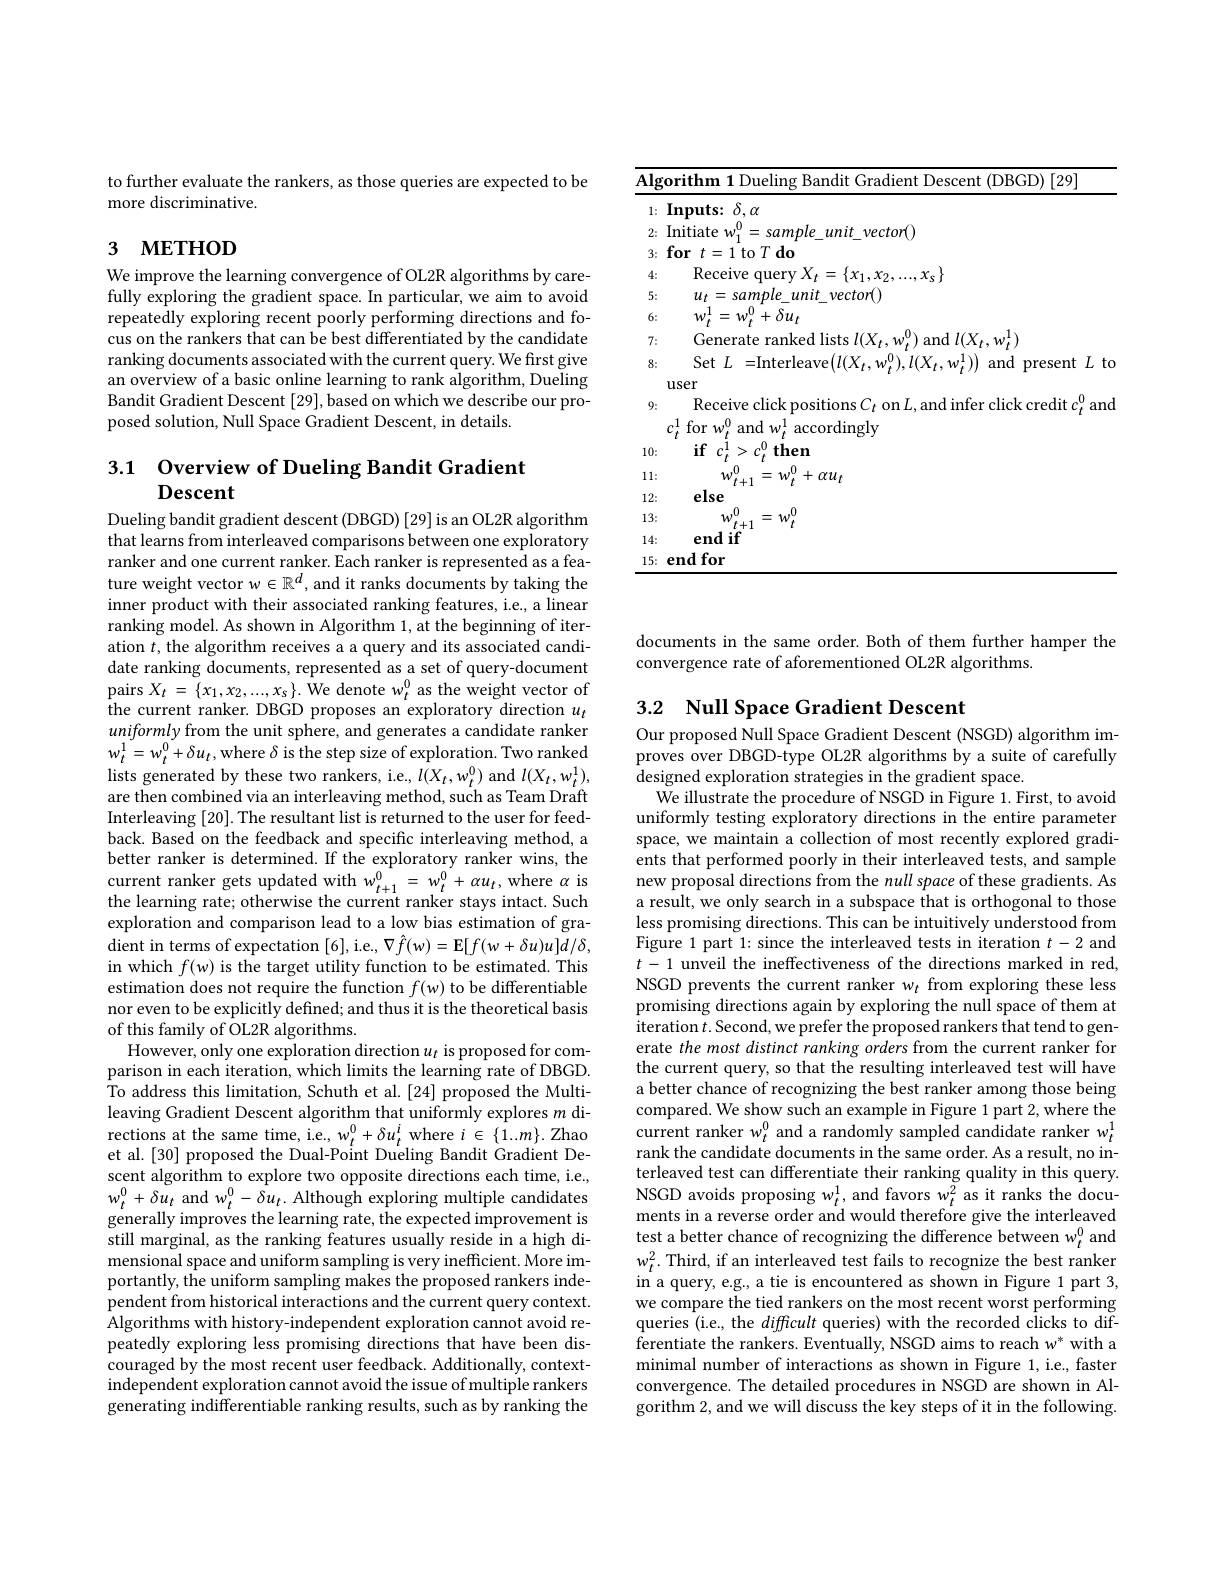
<table>
	<tbody>
		<tr>
			<th>$\overline{\mathbf{Alg}}$</th>
			<th>1110uelir Bandit :(DBGD$) \mid 29$ rithm $\left(\ddot{\mathbf{r}}\right)$ $1d1$</th>
		</tr>
		<tr>
			<td>1:</td>
			<td>$\mathbf{Inputs:~}\delta,\alpha$</td>
		</tr>
		<tr>
			<td>2:</td>
			<td>Initiate 1 $vector()$ $um11$</td>
		</tr>
		<tr>
			<td>3:</td>
			<td>$\textbf{for}t= 1$to$T\textbf{do}$</td>
		</tr>
		<tr>
			<td>4:</td>
			<td>Receive q $\iota X_{t}=\{x_{1},x_{2}\}$ $2,...,x_{s}\}$</td>
		</tr>
		<tr>
			<td>5:</td>
			<td>$u_{t}=samnle$ $e\_unit\_vector()$</td>
		</tr>
		<tr>
			<td>6:</td>
			<td>$=w_{t}^{0}+\delta u_{t}$</td>
		</tr>
		<tr>
			<td>7:</td>
			<td>Generate ranked lists $l(X)$ 1 $\operatorname{and}l(X_{t}.w_{t}^{1})$</td>
		</tr>
		<tr>
			<td>8:</td>
			<td>Set =Interleave$(l(X)$ $^{0},l(X)$ $.w^{1})$ $1ut$ and $1rf$ $\mathbf{f}_{(1,1)}$</td>
		</tr>
		<tr>
			<td> </td>
			<td>user</td>
		</tr>
		<tr>
			<td>9:</td>
			<td>1. crodit anc</td>
		</tr>
		<tr>
			<td>7.</td>
			<td>$c^{1}$,for$w^{0}$ and $w_{t}^{1}$ accordingly</td>
		</tr>
		<tr>
			<td>10:</td>
			<td> $\frac{1}{2}=\frac{1}{2}$ $\rho$ $\rho^{0}$ then</td>
		</tr>
		<tr>
			<td>11: </td>
			<td>- .0 $\alpha u_{t}$ 14 </td>
		</tr>
		<tr>
			<td>12:</td>
			<td>else</td>
		</tr>
		<tr>
			<td>13:</td>
			<td>$v_{\mu}$ 14</td>
		</tr>
		<tr>
			<td>14:</td>
			<td>endif</td>
		</tr>
		<tr>
			<td>15: 1</td>
			<td>end for</td>
		</tr>
	</tbody>
</table>

to further evaluate the rankers, as those queries are expected to be
more discriminative.

# 3 МЕТНОD

We improve the learning convergence of OL2R algorithms by carefully exploring the gradient space. In particular, we aim to avoid repeatedly exploring recent poorly performing directions and focus on the rankers that can be best differentiated by the candidate ranking documents associated with the current query. We first give an overview of a basic online learning to rank algorithm, Dueling Bandit Gradient Descent [29], based on which we describe our proposed solution, Null Space Gradient Descent, in details.

3.1 Overview of Dueling Bandit Gradient
## Descent

Dueling bandit gradient descent (DBGD) [29] is an OL2R algorithm that learns from interleaved comparisons between one exploratory ranker and one current ranker. Each ranker is represented as a feature weight vector w$\in\mathbb{R}^d$, and it ranks documents by taking the inner product with their associated ranking features, i.e., a linear ranking model. As shown in Algorithm 1, at the beginning of iteration $t$, the algorithm receives a a query and its associated candidate ranking documents, represented as a set of query-document $\operatorname{pairs}X_{t}=\{x_{1},x_{2},...,x_{s}\}.$ We denote $w_{t}^{0}$ as the weight vector of the current ranker. DBGD proposes an exploratory direction $u_t$ uniformly from the unit sphere, and generates a candidate ranker $w_{t}^{1}=w_{t}^{0}+\delta u_{t}$, where $\delta$ is the step size of exploration. Two ranked lists generated by these two rankers, i.e., $l(X_t,w_t^0)$ and $l(X_t,w_t^1)$, are then combined via an interleaving method, such as Team Draft Interleaving [20]. The resultant list is returned to the user for feedback. Based on the feedback and specific interleaving method, a better ranker is determined. If the exploratory ranker wins, the current ranker gets updated with $w_{t+1}^{0}=w_{t}^{0}+\alpha u_{t}$, where $\alpha$ is the learning rate; otherwise the current ranker stays intact. Such exploration and comparison lead to a low bias estimation of gradient in terms of expectation [ 6] , i. e, $\nabla \hat{f} ( w) =$E$[ f( w+ \delta u) u] d/ \delta $, in which $f(w)$ is the target utility function to be estimated. This estimation does not require the function $f(w)$ to be differentiable nor even to be explicitly defined; and thus it is the theoretical basis of this family of OL2R algorithms.
However, only one exploration direction $u_t$ is proposed for comparison in each iteration, which limits the learning rate of DBGD. To address this limitation, Schuth et al. [24] proposed the Multileaving Gradient Descent algorithm that uniformly explores $m$ directions at the same time, i.e., w$_t^0+\delta u_t^i$ where $i\in\{1..m\}.$ Zhao et al.[30] proposed the Dual-Point Dueling Bandit Gradient Descent algorithm to explore two opposite directions each time, i.e., $w_{t}^{0}+\delta u_{t}$ and $w_t^0-\hat{\delta u}_t.$ Although exploring multiple candidates $\dot{\text{generally improves the learning rate, the expected improvement is}}$ still marginal, as the ranking features usually reside in a high dimensional space and uniform sampling is very inefficient. More importantly, the uniform sampling makes the proposed rankers independent from historical interactions and the current query context. Algorithms with history-independent exploration cannot avoid repeatedly exploring less promising directions that have been discouraged by the most recent user feedback. Additionally, contextindependent exploration cannot avoid the issue of multiple rankers generating indifferentiable ranking results, such as by ranking the

documents in the same order. Both of them further hamper the
convergence rate of aforementioned OL2R algorithms.

## 3.2 Null Space Gradient Descent

Our proposed Null Space Gradient Descent (NSGD) algorithm improves over DBGD-type OL2R algorithms by a suite of carefully designed exploration strategies in the gradient space.
We illustrate the procedure of NSGD in Figure 1. First, to avoid uniformly testing exploratory directions in the entire parameter space, we maintain a collection of most recently explored gradients that performed poorly in their interleaved tests, and sample new proposal directions from the null space of these gradients. As a result, we only search in a subspace that is orthogonal to those less promising directions. This can be intuitively understood from Figure 1 part 1: since the interleaved tests in iteration $t-2$ and $t-1$ unveil the ineffectiveness of the directions marked in red, NSGD prevents the current ranker $w_t$ from exploring these less promising directions again by exploring the null space of them at iteration $t.$Second, we prefer the proposed rankers that tend to generate the most distinct ranking orders from the current ranker for the current query, so that the resulting interleaved test will have a better chance of recognizing the best ranker among those being compared. We show such an example in Figure 1 part 2, where the current ranker $w_t^0$ and a randomly sampled candidate ranker $w_t^1$ rank the candidate documents in the same order. As a result, no interleaved test can differentiate their ranking quality in this query. $\begin{array}{l}{\mathrm{NSGD~avoids~proposing~w_{t}^{1},~and~favors~w_{t}^{2}~as~it~ranks~the~docu-}}\\{\mathrm{ments~in~a~reverse~order~and~would~therefore~give~the~interleaved}}\end{array}$ test a better chance of recognizing the difference between $w_t^0$ and $w_t^2.$ Third, if an interleaved test fails to recognize the best ranker in a query, e.g., a tie is encountered as shown in Figure 1 part 3, we compare the tied rankers on the most recent worst performing queries (i.e., the difficult queries) with the recorded clicks to differentiate the rankers. Eventually, NSGD aims to reach $w^*$ with a minimal number of interactions as shown in Figure 1, i.e., faster convergence. The detailed procedures in NSGD are shown in Algorithm 2, and we will discuss the key steps of it in the following.